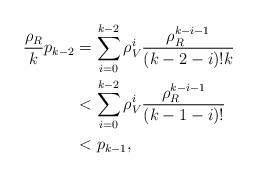
LaTeX: \begin{align*}\frac{\rho_R}{k} p_{k-2}&=\sum\limits_{i=0}^{k-2}\rho_V^{i}\frac{\rho_R^{k-i-1}}{(k-2-i)!k}\\&<\sum\limits_{i=0}^{k-2}\rho_V^{i}\frac{\rho_R^{k-i-1}}{(k-1-i)!}\\ &<p_{k-1},\end{align*}